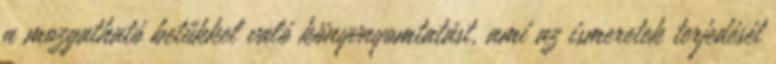
a mozgatható betűkkel való könyvnyomtatást, ami az ismeretek terjedését